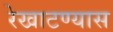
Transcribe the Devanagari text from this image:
रेखाटण्यास